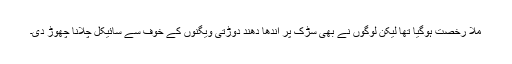
ملّا رخصت ہوگیا تھا لیکن لوگوں نے بھی سڑک پر اندھا دھند دوڑتی ویگنوں کے خوف سے سائیکل چلانا چھوڑ دی۔